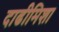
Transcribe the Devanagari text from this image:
दाढीमिशा